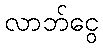
လာဘ်ငွေ